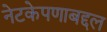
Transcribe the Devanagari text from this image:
नेटकेपणाबद्दल